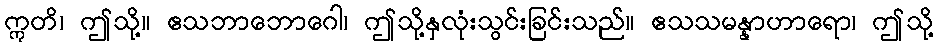
ဣတိ၊ ဤသို့။ ဧသဘာဘောဂေါ၊ ဤသို့နှလုံးသွင်းခြင်းသည်။ ဧသသမန္နာဟာရော၊ ဤသို့